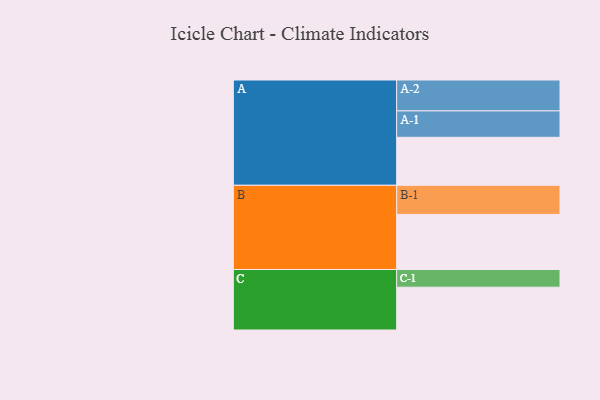
{"axis": {"x": "Segment", "y": "Value"}, "legend": ["", "A", "B", "C"], "data": [{"x": "A", "y": 407, "type": ""}, {"x": "B", "y": 467, "type": ""}, {"x": "C", "y": 363, "type": ""}, {"x": "A-1", "y": 224, "type": "A"}, {"x": "A-2", "y": 262, "type": "A"}, {"x": "B-1", "y": 247, "type": "B"}, {"x": "C-1", "y": 150, "type": "C"}]}